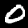
Digit: 0